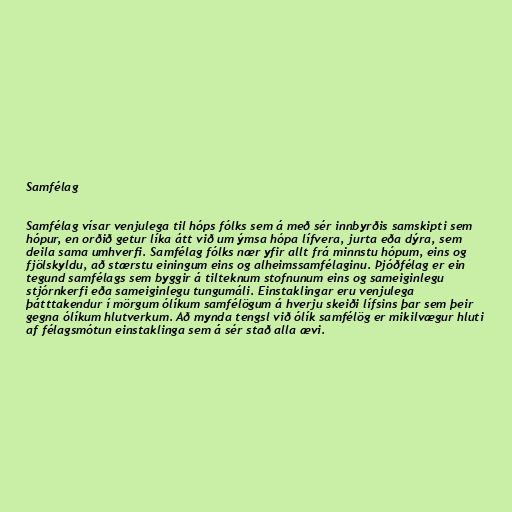
Samfélag

Samfélag vísar venjulega til hóps fólks sem á með sér innbyrðis samskipti sem
hópur, en orðið getur líka átt við um ýmsa hópa lífvera, jurta eða dýra, sem
deila sama umhverfi. Samfélag fólks nær yfir allt frá minnstu hópum, eins og
fjölskyldu, að stærstu einingum eins og alheimssamfélaginu. Þjóðfélag er ein
tegund samfélags sem byggir á tilteknum stofnunum eins og sameiginlegu
stjórnkerfi eða sameiginlegu tungumáli. Einstaklingar eru venjulega
þátttakendur í mörgum ólíkum samfélögum á hverju skeiði lífsins þar sem þeir
gegna ólíkum hlutverkum. Að mynda tengsl við ólík samfélög er mikilvægur hluti
af félagsmótun einstaklinga sem á sér stað alla ævi.